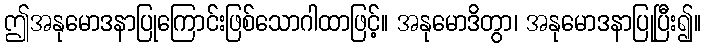
ဤအနုမောဒနာပြုကြောင်းဖြစ်သောဂါထာဖြင့်။ အနုမောဒိတွာ၊ အနုမောဒနာပြုပြီး၍။